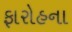
ફારોહના